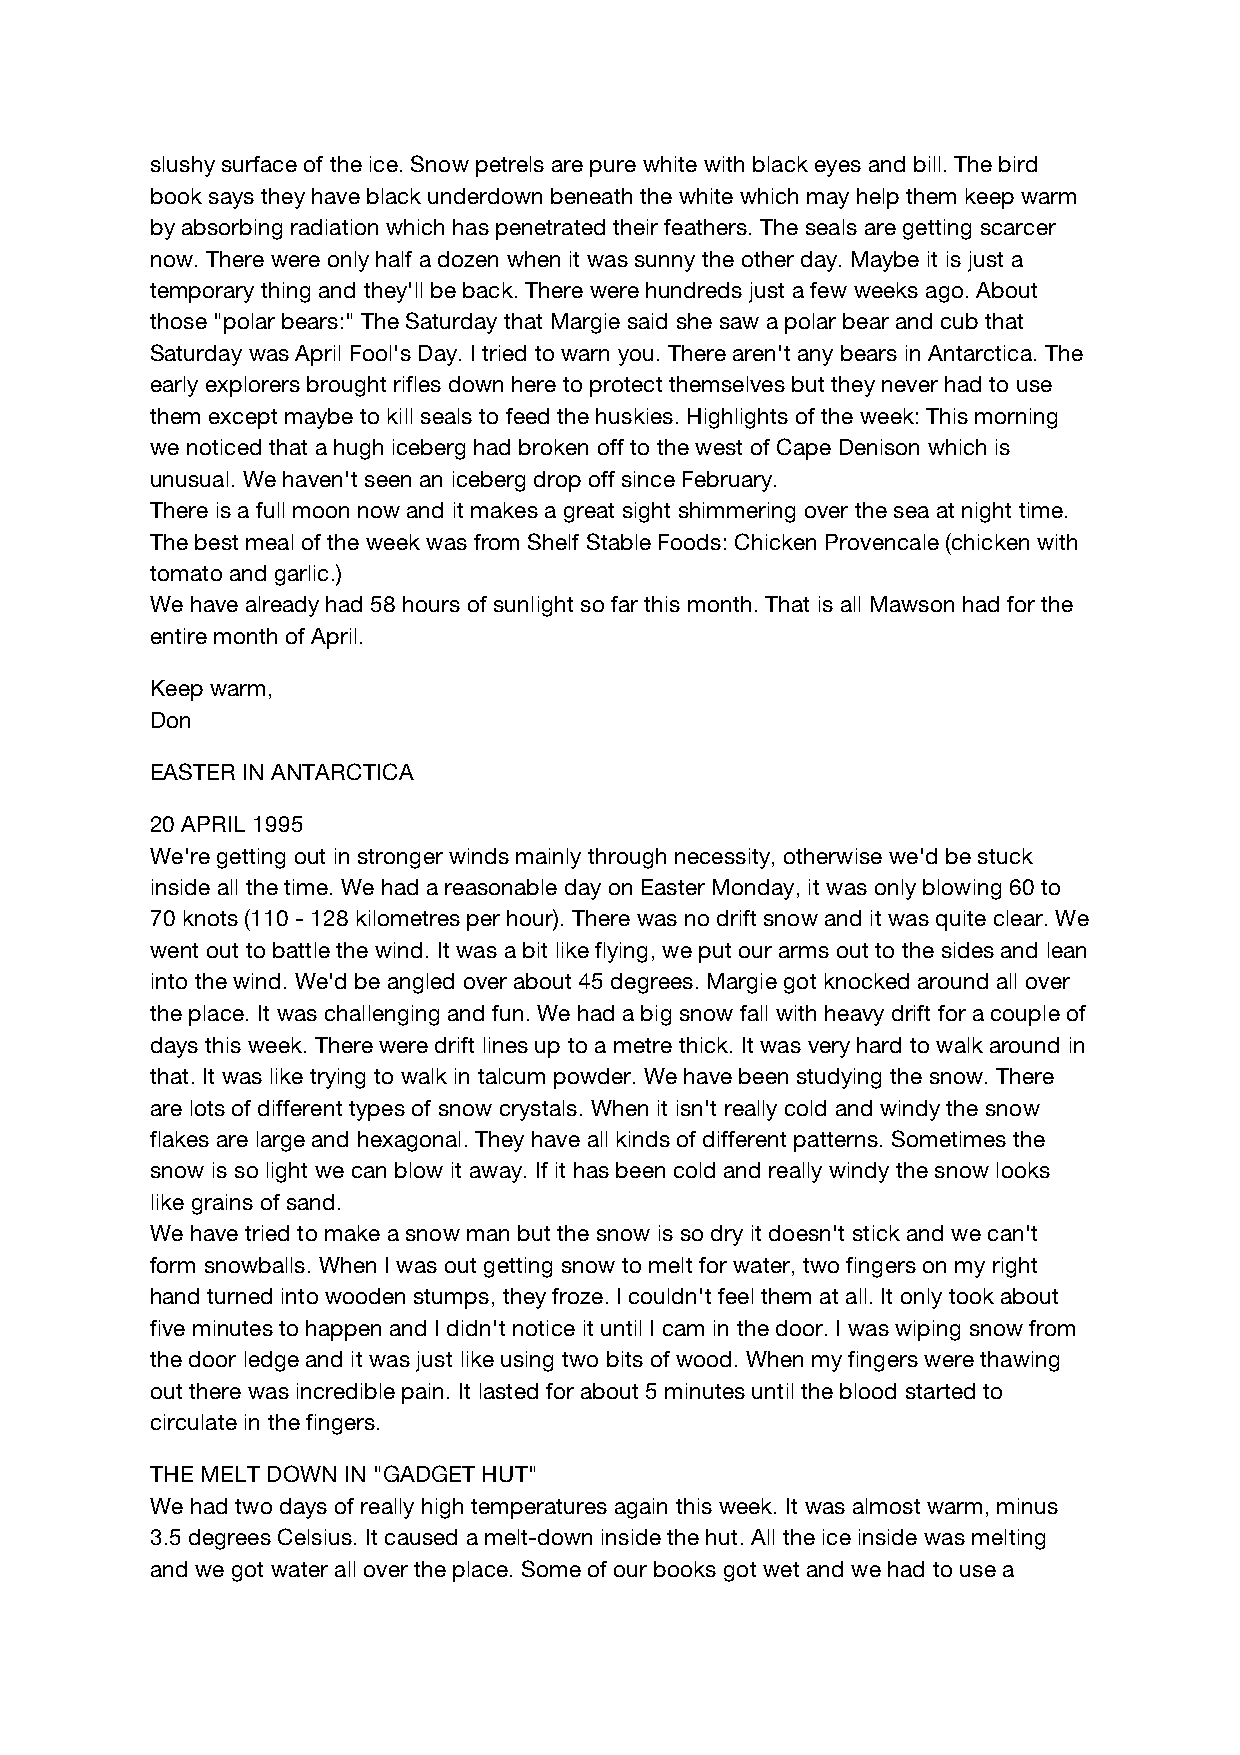
slushy surface of the ice. Snow petrels are pure white with black eyes and bill. The bird
 book says they have black underdown beneath the white which may help them keep warm
 by absorbing radiation which has penetrated their feathers. The seals are getting scarcer
 now. There were only half a dozen when it was sunny the other day. Maybe it is just a
 temporary thing and they'll be back. There were hundreds just a few weeks ago. About
 those "polar bears:" The Saturday that Margie said she saw a polar bear and cub that
 Saturday was April Fool's Day. I tried to warn you. There aren't any bears in Antarctica. The
 early explorers brought rifles down here to protect themselves but they never had to use
 them except maybe to kill seals to feed the huskies. Highlights of the week: This morning
 we noticed that a hugh iceberg had broken off to the west of Cape Denison which is
 unusual. We haven't seen an iceberg drop off since February.
 There is a full moon now and it makes a great sight shimmering over the sea at night time.
 The best meal of the week was from Shelf Stable Foods: Chicken Provencale (chicken with
 tomato and garlic.)
 We have already had 58 hours of sunlight so far this month. That is all Mawson had for the
 entire month of April.
 Keep warm,
 Don
 EASTER IN ANTARCTICA
 20 APRIL 1995
 We're getting out in stronger winds mainly through necessity, otherwise we'd be stuck
 inside all the time. We had a reasonable day on Easter Monday, it was only blowing 60 to
 70 knots (110 - 128 kilometres per hour). There was no drift snow and it was quite clear. We
 went out to battle the wind. It was a bit like flying, we put our arms out to the sides and lean
 into the wind. We'd be angled over about 45 degrees. Margie got knocked around all over
 the place. It was challenging and fun. We had a big snow fall with heavy drift for a couple of
 days this week. There were drift lines up to a metre thick. It was very hard to walk around in
 that. It was like trying to walk in talcum powder. We have been studying the snow. There
 are lots of different types of snow crystals. When it isn't really cold and windy the snow
 flakes are large and hexagonal. They have all kinds of different patterns. Sometimes the
 snow is so light we can blow it away. If it has been cold and really windy the snow looks
 like grains of sand.
 We have tried to make a snow man but the snow is so dry it doesn't stick and we can't
 form snowballs. When I was out getting snow to melt for water, two fingers on my right
 hand turned into wooden stumps, they froze. I couldn't feel them at all. It only took about
 five minutes to happen and I didn't notice it until I cam in the door. I was wiping snow from
 the door ledge and it was just like using two bits of wood. When my fingers were thawing
 out there was incredible pain. It lasted for about 5 minutes until the blood started to
 circulate in the fingers.
 THE MELT DOWN IN "GADGET HUT"
 We had two days of really high temperatures again this week. It was almost warm, minus
 3.5 degrees Celsius. It caused a melt-down inside the hut. All the ice inside was melting
 and we got water all over the place. Some of our books got wet and we had to use a